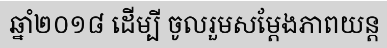
ឆ្នាំ២០១៨ ដើម្បី ចូលរួមសម្តែងភាពយន្ត